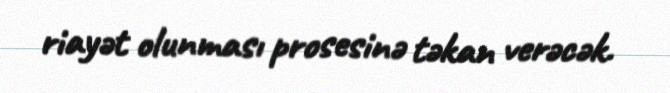
riayət olunması prosesinə təkan verəcək.